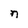
Character: n